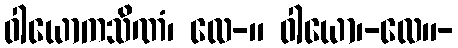
ဝါယောကသိဏံ၊ လေ-။ ဝါယော၊-လေ။-